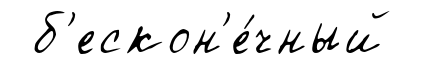
б'ескон'е́чный